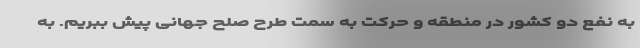
به نفع دو کشور در منطقه و حرکت‌ به سمت طرح صلح جهانی پیش ببریم. به